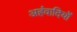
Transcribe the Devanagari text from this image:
अहंवादियों